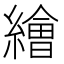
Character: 𦅩